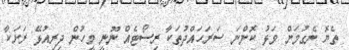
ތެޔޮ ނެގުމަށް ވަޅު ކޮންނަ ސަރަހައްދުތަކާ ރިސޯޓެއް ނޫނީ މީހުން ދިރިއުޅޭ ރަށަކާ